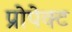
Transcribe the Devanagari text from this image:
प्रोपेक्ट